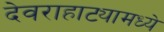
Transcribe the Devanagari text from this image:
देवराहाट्यामध्ये